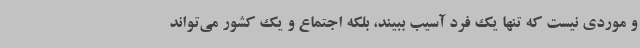
و موردی نیست که تنها یک فرد آسیب ببیند، بلکه اجتماع و یک کشور می‌تواند